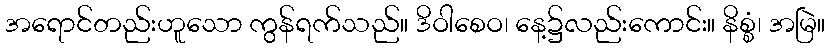
အရောင်တည်းဟူသော ကွန်ရက်သည်။ ဒိဝါစေဝ၊ နေ့၌လည်းကောင်း။ နိစ္စံ၊ အမြဲ။